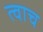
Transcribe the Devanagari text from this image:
त्वाच